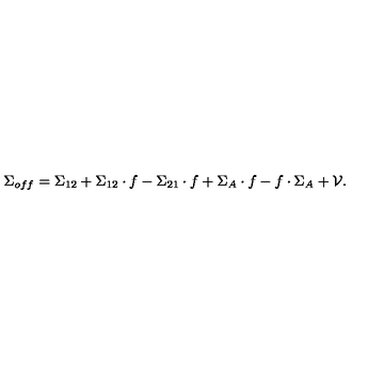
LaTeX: \Sigma _ { o f f } = \Sigma _ { 1 2 } + \Sigma _ { 1 2 } \cdot f - \Sigma _ { 2 1 } \cdot f + \Sigma _ { A } \cdot f - f \cdot \Sigma _ { A } + { \cal V } .